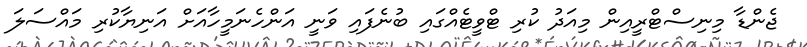
ޖެންޑާ މިނިސްޓްރީއިން މިއަދު ކުރި ޓްވީޓެއްގައި ބުނެފައި ވަނީ އަންހެނަމީހާއަށް އަނިޔާކުރި މައްސަލަ